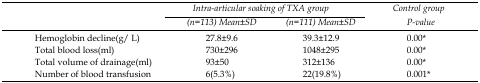
<table><thead><tr><td></td><td colspan="2"><b>Intra-articular soaking of TXA group</b></td><td><b>Control group</b></td></tr><tr><td></td><td><b>(n=113) Mean±SD</b></td><td><b>(n=111) Mean±SD</b></td><td><b>P-value</b></td></tr></thead><tbody><tr><td>Hemoglobin decline(g/L)</td><td>27.8±9.6</td><td>39.3±12.9</td><td>0.00*</td></tr><tr><td>Total blood loss(ml)</td><td>730±296</td><td>1048±295</td><td>0.00*</td></tr><tr><td>Total volume of drainage(ml)</td><td>93±50</td><td>312±136</td><td>0.00*</td></tr><tr><td>Number of blood transfusion</td><td>6(5.3%)</td><td>22(19.8%)</td><td>0.001*</td></tr></tbody></table>